Civil Veterinary Dept. Bombay admin report 1923-31 - 1923-1931
Year: 1923
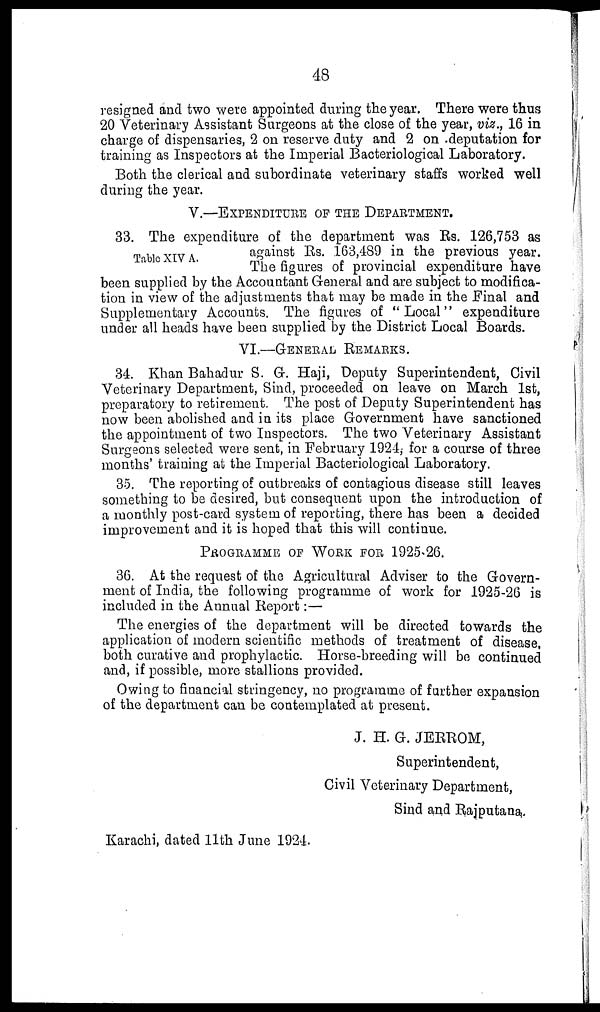
48
resigned and two were appointed during the year. There were thus
20 Veterinary Assistant Surgeons at the close of the year, viz., 16 in
charge of dispensaries, 2 on reserve duty and 2 on deputation for
training as Inspectors at the Imperial Bacteriological Laboratory.
Both the clerical and subordinate veterinary staffs worked well
during the year.
V.—EXPENDITURE OF THE DEPARTMENT.
Table XIV A.
33. The expenditure of the department was Rs. 126,753 as
against Rs. 163,489 in the previous year.
The figures of provincial expenditure have
been supplied by the Accountant General and are subject to modifica-
tion in view of the adjustments that may be made in the Final and
Supplementary Accounts. The figures of "Local" expenditure
under all heads have been supplied by the District Local Boards.
VI.—GENERAL REMARKS.
34. Khan Bahadur S. G. Haji, Deputy Superintendent, Civil
Veterinary Department, Sind, proceeded on leave on March 1st,
preparatory to retirement. The post of Deputy Superintendent has
now been abolished and in its place Government have sanctioned
the appointment of two Inspectors. The two Veterinary Assistant
Surgeons selected were sent, in February 1924, for a course of three
months' training at the Imperial Bacteriological Laboratory.
35. The reporting of outbreaks of contagious disease still leaves
something to be desired, but consequent upon the introduction of
a monthly post-card system of reporting, there has been a decided
improvement and it is hoped that this will continue.
PROGRAMME OF WORK FOR 1925-26.
36. At the request of the Agricultural Adviser to the Govern-
ment of India, the following programme of work for 1925-26 is
included in the Annual Report:—
The energies of the department will be directed towards the
application of modern scientific methods of treatment of disease,
both curative and prophylactic. Horse-breeding will be continued
and, if possible, more stallions provided.
Owing to financial stringency, no programme of further expansion
of the department can be contemplated at present.
J. H. G. JERROM,
Superintendent,
Civil Veterinary Department,
Sind and Rajputana..
Karachi, dated 11th June 1924.